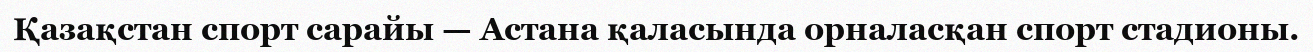
Қазақстан спорт сарайы — Астана қаласында орналасқан спорт стадионы.